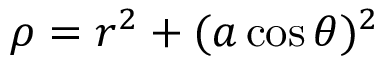
\rho = r ^ { 2 } + ( a \cos \theta ) ^ { 2 }